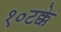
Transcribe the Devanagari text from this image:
१०टक्के